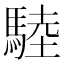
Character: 𩣱